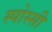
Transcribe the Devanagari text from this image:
स्पोस्सी